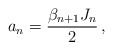
\begin{align*}a_n=\frac{\beta_{n+1} J_n}{2} \,,\end{align*}